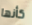
كأنها